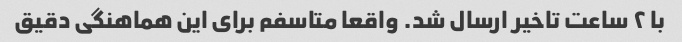
با ۲ ساعت تاخیر ارسال شد. واقعا متاسفم برای این هماهنگی دقیق